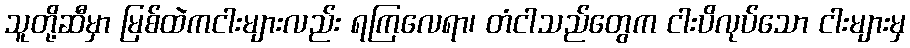
သူတို့ဆီမှာ မြစ်ထဲကငါးများလည်း ရကြလေရာ၊ တံငါသည်တွေက ငါးပိလုပ်သော ငါးများမှ